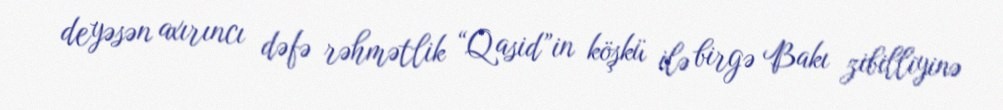
deyəsən axırıncı dəfə rəhmətlik “Qasid”in köşkü ilə birgə Bakı zibilliyinə